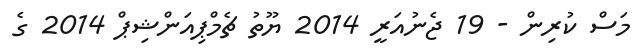
މަސް ކުރިން - 19 ޖެނުއަރީ 2014 ޔޫތު ޗެމްޕިއަންޝިޕް 2014 ގެ